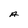
Character: A